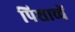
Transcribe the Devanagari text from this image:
पिशाच्चें